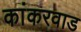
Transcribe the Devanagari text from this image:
कांकरवाड